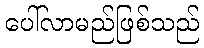
ပေါ်လာမည်ဖြစ်သည်